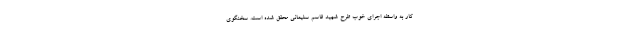
کار به واسطه اجرای خوب طرح شهید قاسم سلیمانی محقق شده است. سخنگوی